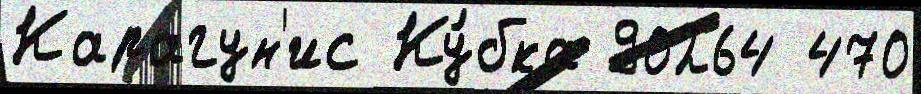
Карагун'ис Ку́бка 90264 470